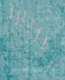
باربارا